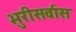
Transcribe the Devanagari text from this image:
भुरीसर्वास